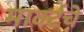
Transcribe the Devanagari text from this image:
मार्क्टचे